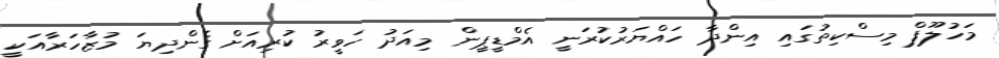
މަހުލޫފް މިސްކިތުގައި އިންދާ ހައްޔަރުކުރަނީ އެމްޑީޕީން މިއަދު ހަވީރު ކުރިއަށް ގެންދިޔަ މުޒާހަރާއަކީ